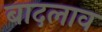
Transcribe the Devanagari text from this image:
बादलाव